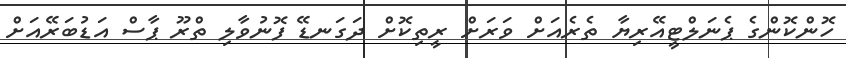
ހޮންކޮންގެ ޕެނަލްޓީއޭރިޔާ ތެރެއަށް ވަރަށް ރީތިކޮށް ދަގަނޑޭ ފޮނުވާލި ތްރޫ ޕާސް އަޑުބަރޭއަށް